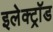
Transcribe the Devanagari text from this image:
इलेक्ट्रॉड